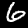
Digit: 6